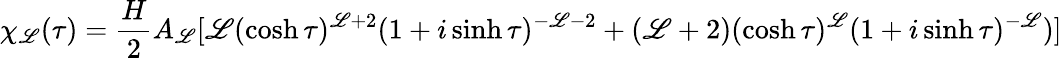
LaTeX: \chi_{\mathscr{L}}(\tau)=\frac{{H}}{{2}}A_{\mathscr{L}}[\mathscr{L}(\cosh\tau)^{\mathscr{L}+2}(1+i\sinh\tau)^{-\mathscr{L}-2}+(\mathscr{L}+2)(\cosh\tau)^{\mathscr{L}}(1+i\sinh\tau)^{-\mathscr{L}})]